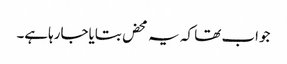
جواب تھا کہ یہ محض بتایاجارہاہے۔